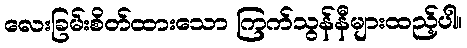
လေးခြမ်းစိတ်ထားသော ကြက်သွန်နီများထည့်ပါ။